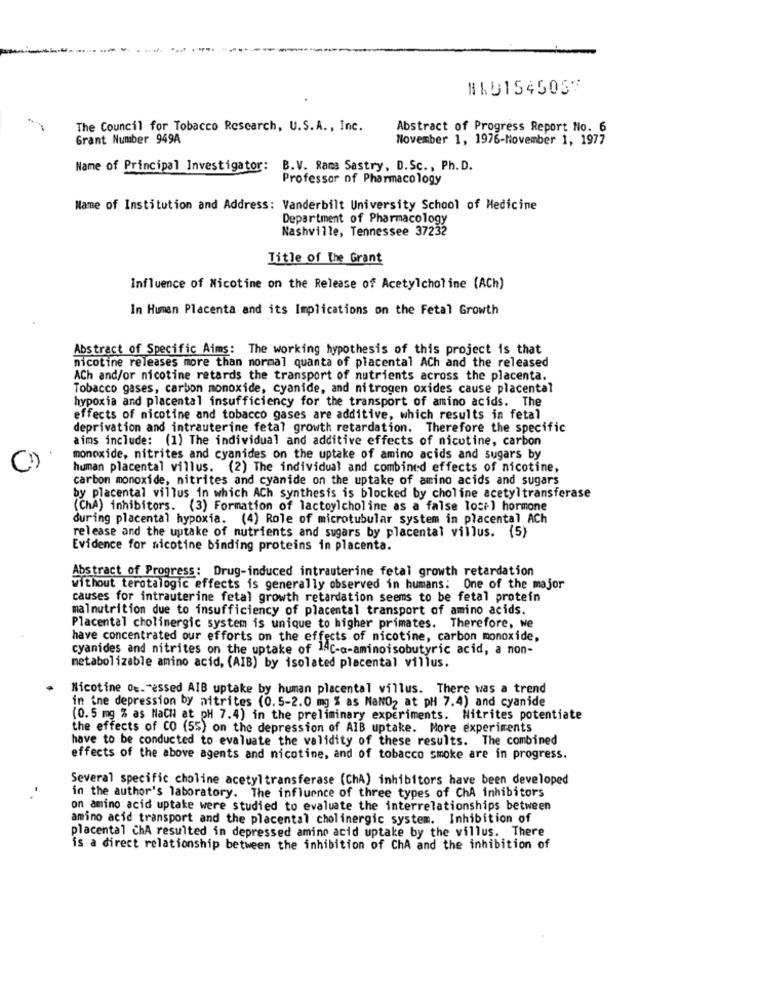
NAD1545037
The Council for Tobacco Research, U.S.A ., Inc.
Abstract of Progress Report No. 6
Grant Number 949A
November 1, 1976-November 1, 1977
Name of Principal Investigator: B.V. Rama Sastry, D.Sc ., Ph. D.
Professor of Pharmacology
Mame of Institution and Address: Vanderbilt University School of Medicine
Department of Pharmacology
Nashville, Tennessee 37232
Title of the Grant
Influence of Nicotine on the Release of Acetylcholine (ACh)
In Human Placenta and its Implications on the Fetal Growth
Abstract of Specific Aims: The working hypothesis of this project is that
nicotine releases more than normal quanta of placental ACh and the released
ACh and/or nicotine retards the transport of nutrients across the placenta.
Tobacco gases, carbon monoxide, cyanide, and nitrogen oxides cause placental
hypoxia and placental insufficiency for the transport of amino acids. The
effects of nicotine and tobacco gases are additive, which results in fetal
deprivation and intrauterine fetal growth retardation. Therefore the specific
aims include: (1) The individual and additive effects of nicotine, carbon
monoxide, nitrites and cyanides on the uptake of amino acids and sugars by
human placental villus. (2) The individual and combined effects of nicotine,
carbon monoxide, nitrites and cyanide on the uptake of amino acids and sugars
by placental villus in which ACh synthesis is blocked by choline acetyltransferase
(ChA) inhibitors. (3) Formation of lactoylcholine as a false Tocel hormone
during placental hypoxia. (4) Role of microtubular system in placental Ach
release and the uptake of nutrients and sugars by placental villus. (5)
Evidence for nicotine binding proteins in placenta.
Abstract of Progress: Drug-induced intrauterine fetal growth retardation
without terotalogic effects is generally observed in humans: One of the major
causes for intrauterine fetal growth retardation seems to be fetal protein
malnutrition due to insufficiency of placental transport of amino acids.
Placental cholinergic system is unique to higher primates. Therefore, we
have concentrated our efforts on the effects of nicotine, carbon monoxide,
cyanides and nitrites on the uptake of 14c-a-aminoisobutyric acid, a non-
metabolizable amino acid, (AIB) by isolated placental villus.
Nicotine oc. "essed AIB uptake by human placental villus. There was a trend
in ine depression by nitrites (0.5-2.0 mg % as NaNO2 at pH 7.4) and cyanide
(0.5 mg % as NaCH at pH 7.4) in the preliminary experiments. Nitrites potentiate
the effects of CO (55) on the depression of AIB uptake. More experiments
have to be conducted to evaluate the validity of these results. The combined
effects of the above agents and nicotine, and of tobacco smoke are in progress.
Several specific choline acetyl transferase (ChA) inhibitors have been developed
in the author's laboratory. The influence of three types of ChA inhibitors
on amino acid uptake were studied to evaluate the interrelationships between
amino acid transport and the placental cholinergic system. Inhibition of
placental chA resulted in depressed amino acid uptake by the villus. There
is a direct relationship between the inhibition of ChA and the inhibition of